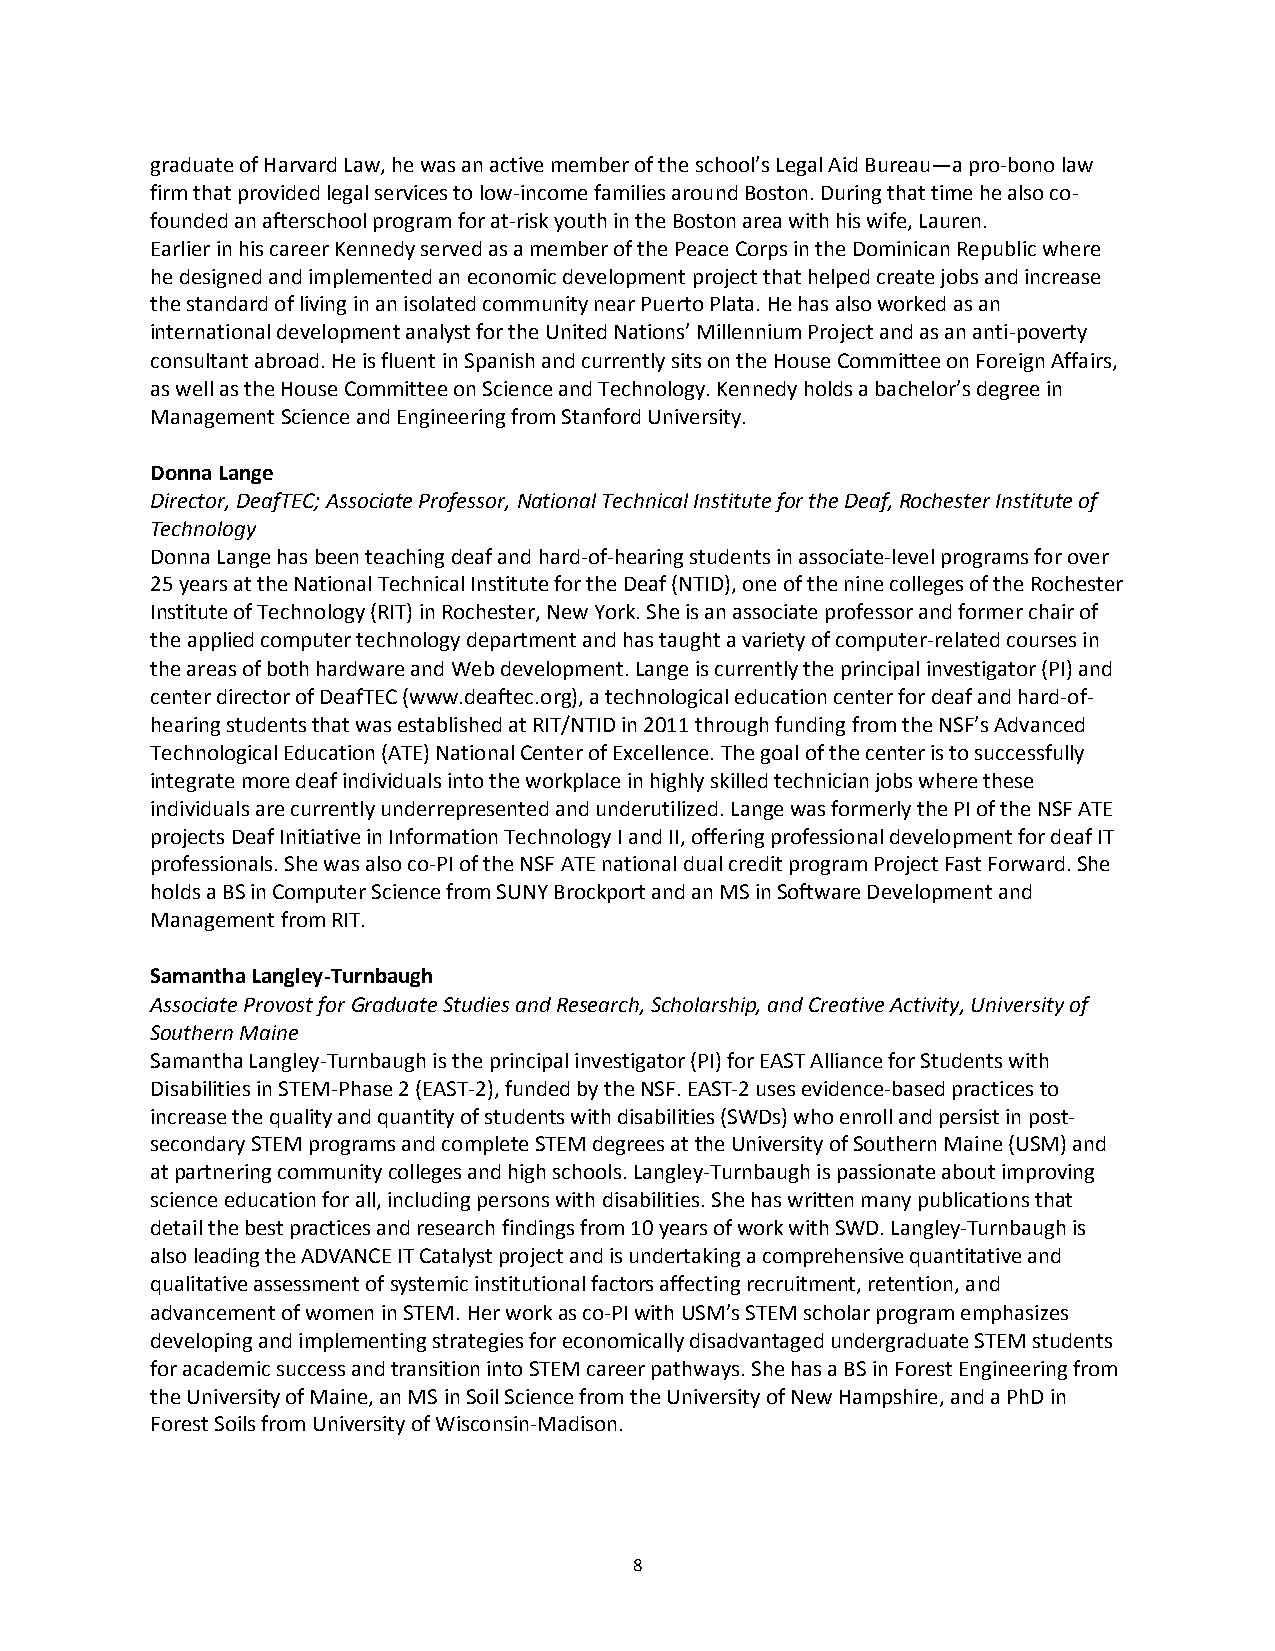
graduate of Harvard Law, he was an active member of the school’s Legal Aid Bureau—a pro-bono law
 firm that provided legal services to low-income families around Boston. During that time he also co-
 founded an afterschool program for at-risk youth in the Boston area with his wife, Lauren.
 Earlier in his career Kennedy served as a member of the Peace Corps in the Dominican Republic where
 he designed and implemented an economic development project that helped create jobs and increase
 the standard of living in an isolated community near Puerto Plata. He has also worked as an
 international development analyst for the United Nations’ Millennium Project and as an anti-poverty
 consultant abroad. He is fluent in Spanish and currently sits on the House Committee on Foreign Affairs,
 as well as the House Committee on Science and Technology. Kennedy holds a bachelor’s degree in
 Management Science and Engineering from Stanford University.
 Donna Lange
 Director, DeafTEC; Associate Professor, National Technical Institute for the Deaf, Rochester Institute of
 Technology
 Donna Lange has been teaching deaf and hard-of-hearing students in associate-level programs for over
 25 years at the National Technical Institute for the Deaf (NTID), one of the nine colleges of the Rochester
 Institute of Technology (RIT) in Rochester, New York. She is an associate professor and former chair of
 the applied computer technology department and has taught a variety of computer-related courses in
 the areas of both hardware and Web development. Lange is currently the principal investigator (PI) and
 center director of DeafTEC (www.deaftec.org), a technological education center for deaf and hard-of-
 hearing students that was established at RIT/NTID in 2011 through funding from the NSF’s Advanced
 Technological Education (ATE) National Center of Excellence. The goal of the center is to successfully
 integrate more deaf individuals into the workplace in highly skilled technician jobs where these
 individuals are currently underrepresented and underutilized. Lange was formerly the PI of the NSF ATE
 projects Deaf Initiative in Information Technology I and II, offering professional development for deaf IT
 professionals. She was also co-PI of the NSF ATE national dual credit program Project Fast Forward. She
 holds a BS in Computer Science from SUNY Brockport and an MS in Software Development and
 Management from RIT.
 Samantha Langley-Turnbaugh
 Associate Provost for Graduate Studies and Research, Scholarship, and Creative Activity, University of
 Southern Maine
 Samantha Langley-Turnbaugh is the principal investigator (PI) for EAST Alliance for Students with
 Disabilities in STEM-Phase 2 (EAST-2), funded by the NSF. EAST-2 uses evidence-based practices to
 increase the quality and quantity of students with disabilities (SWDs) who enroll and persist in post-
 secondary STEM programs and complete STEM degrees at the University of Southern Maine (USM) and
 at partnering community colleges and high schools. Langley-Turnbaugh is passionate about improving
 science education for all, including persons with disabilities. She has written many publications that
 detail the best practices and research findings from 10 years of work with SWD. Langley-Turnbaugh is
 also leading the ADVANCE IT Catalyst project and is undertaking a comprehensive quantitative and
 qualitative assessment of systemic institutional factors affecting recruitment, retention, and
 advancement of women in STEM. Her work as co-PI with USM’s STEM scholar program emphasizes
 developing and implementing strategies for economically disadvantaged undergraduate STEM students
 for academic success and transition into STEM career pathways. She has a BS in Forest Engineering from
 the University of Maine, an MS in Soil Science from the University of New Hampshire, and a PhD in
 Forest Soils from University of Wisconsin-Madison.
 8